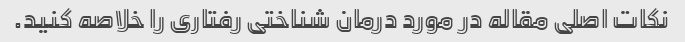
نکات اصلی مقاله در مورد درمان شناختی رفتاری را خلاصه کنید.